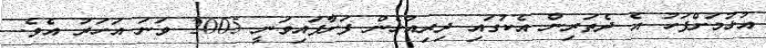
އުޅުމަށްފަހު އެ ދެތަރިން އެކުގައި ދިރިއުޅެން ފަށާފައިވަނީ 2005 ވަނަ އަހަރު އެވެ.